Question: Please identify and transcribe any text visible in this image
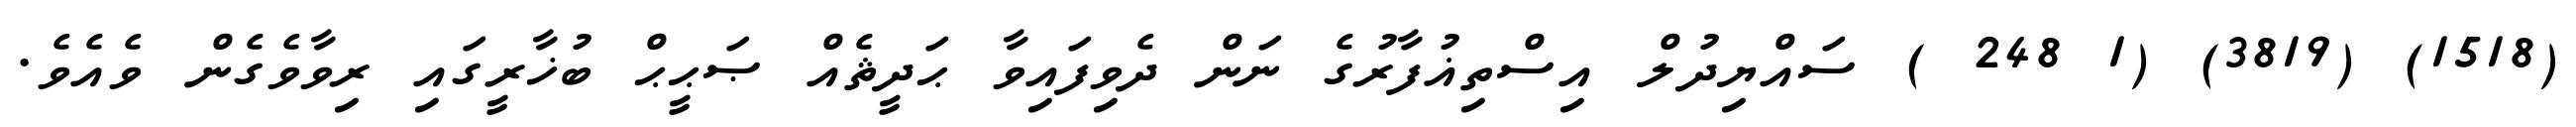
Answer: (1518) (3819) (1 248 ) ސައްޔިދުލް އިސްތިޣުފާރުގެ ނަން ދެވިފައިވާ ޙަދީޘެއް ޞަޙީޙް ބުޚާރީގައި ރިވާވެގެން ވެއެވެ.